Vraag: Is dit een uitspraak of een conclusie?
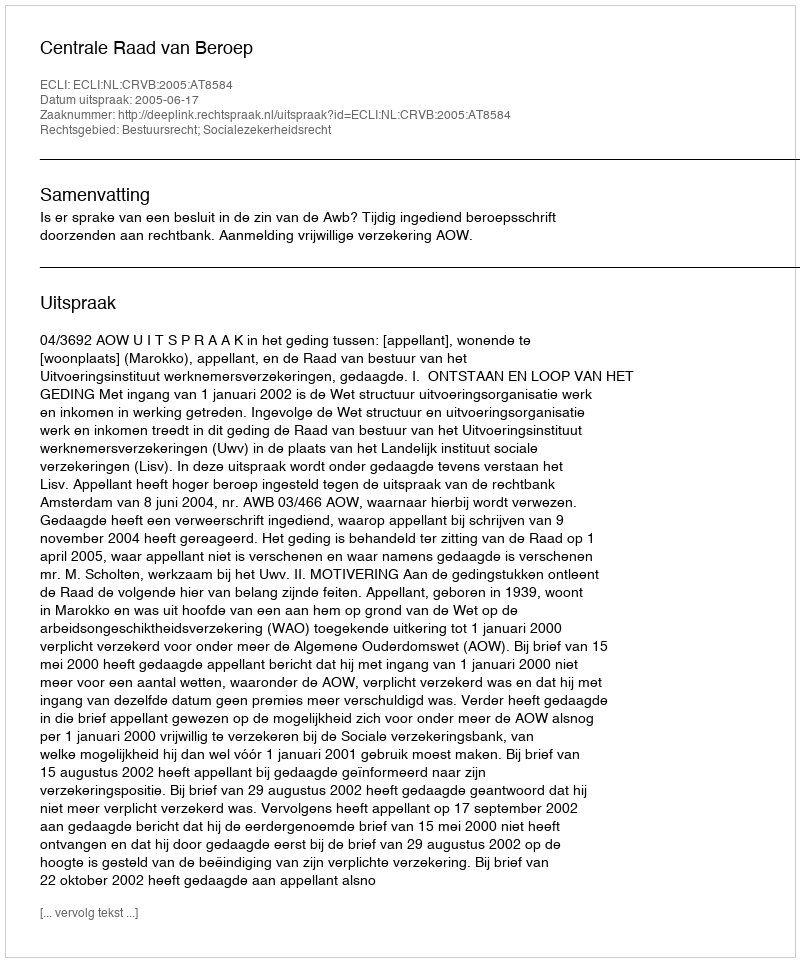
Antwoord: Uitspraak